Medical and sanitary report on the native army of Bombay for the year
Year: 1879
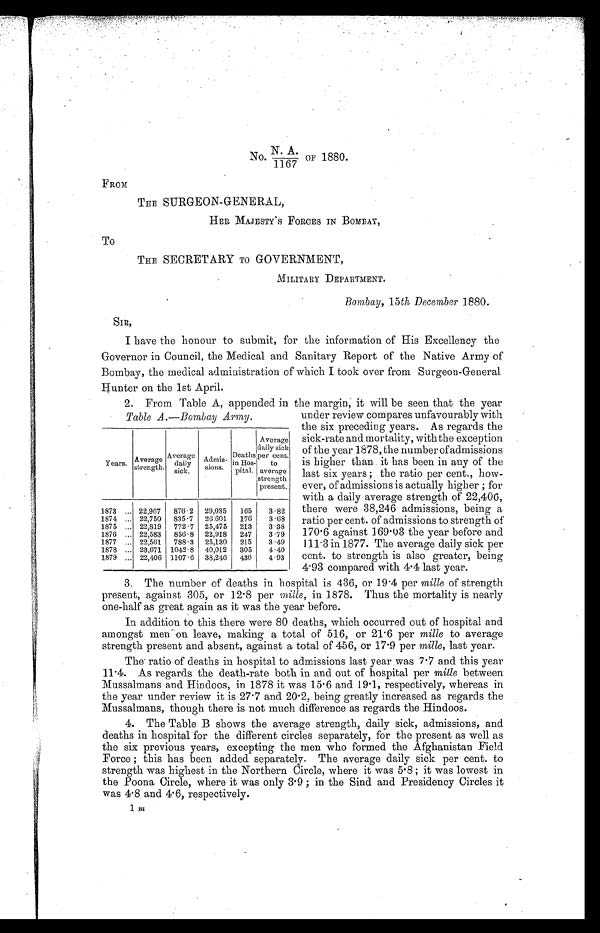
No. N. A./1167 OF 1880.
FROM
THE SURGEON-GENERAL,
HER MAJESTY’S FORCES IN BOMBAY,
To
THE SECRETARY TO GOVERNMENT,
MILITA RY DEPARTMENT.
Bombay, 15th, December 1880.
SIR,
I have the honour to submit, for the information of His Excellency the
Governor in Council, the Medical and Sanitary Report of the Native Army of
Bombay, the medical administration of which I took over from Surgeon-General
Hunter on the 1st April.
2. From Table A, appended in the margin, it will be seen that the year
Table A .—B ombay Army. u n d e r r e v i e w c o m p a r e s u n f a v o u r a b l y w i t h
the six preceding years. As regards the
sick-rate and mortality, with the exception
of the year 1878, the number of admissions
is higher than it has been in any of the
last six years ; the ratio per cent., how-
ever, of admissions is actually higher ; for
with a daily average strength of 22,406,
there were 38,246 admissions, being a
ratio per cent. of admissions to strength of
170.6 against 169.03 the year before and
111.3 in 1877. The average daily sick per
cent. to strength is also greater, being
4.93 compared with 4.4 last year.
3. The number of deaths in hospital is 436, or 19.4 per mille of strength
present, against 305, or 12.8 per mille, in 1878. Thus the mortality is nearly
one-half as great again as it was the year before.
In addition to this there were 80 deaths, which occurred out of hospital and
amongst men on leave, making a total of 516, or 21.6 per mille to average
strength present and absent, against a total of 456, or 17.9 per mille, last year.
The ratio of deaths in hospital to admissions last year was 7.7 and this year
11.4. As regards the death-rate both in and out of hospital per mille between
Mussalmans and Hindoos, in 1878 it was 15.6 and 19.1, respectively, whereas in
the year under review it is 27.7 and 20.2, being greatly increased as regards the
Mussalmans, though there is not much difference as regards the Hindoos.
4. The Table B shows the average strength, daily sick, admissions, and
deaths in hospital for the different circles separately, for the present as well as
the six previous years, excepting the men who formed the Afghanistan Field
Force ; this has been added separately. The average daily sick per cent. to
strength was highest in the Northern Circle, where it was 5.8 ; it was lowest in
the Poona Circle, where it was only 3.9 ; in the Sind and Presidency Circles it
was 4.8 and 4.6, respectively.
1 m
Years.
Average
strength.
Average
daily
.
sick.
Admis-
sions.
Deaths
in Hos--
pital.
Average
daily sick
per cent.
to
average
strength
present.
1873 ... 22,967
876.2
29,035
1 65
3.82
1874 ... 22,750
835.7
26,601
176
3.68
1875 ... 22,819
772.7
25,475
213
3.38
1876 ... 22,583
856. 8
22,918
24.7
3.79
1877 ... 22,561
788.3
25,130
215
3 • 49
1878 ... 23,671 1042 . 8 40,012
305
4 • 40
1879 ... 22,406 1107 .6 38,246
436
4.93